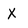
Character: X